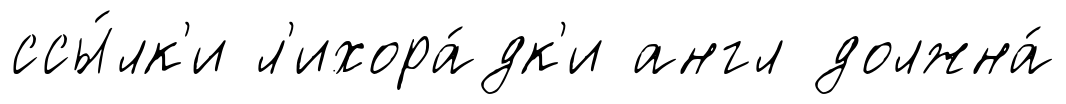
ссы́лк'и л'ихора́дк'и англ должна́